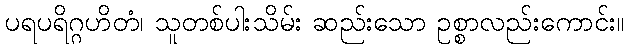
ပရပရိဂ္ဂဟိတံ၊ သူတစ်ပါးသိမ်း ဆည်းသော ဥစ္စာလည်းကောင်း။